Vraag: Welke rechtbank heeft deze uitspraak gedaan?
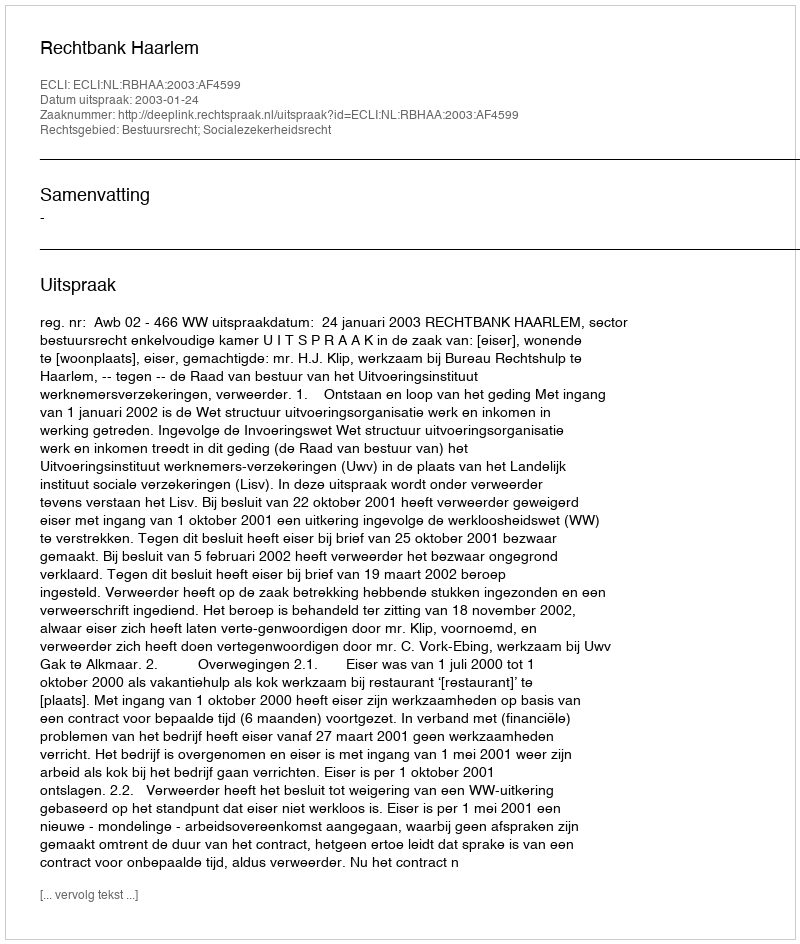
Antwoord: Rechtbank Haarlem